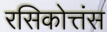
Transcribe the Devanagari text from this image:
रसिकोत्तंस